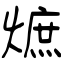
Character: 熫